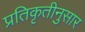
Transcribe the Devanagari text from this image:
प्रतिकृतीनुसार